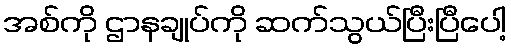
အစ်ကို ဌာနချုပ်ကို ဆက်သွယ်ပြီးပြီပေါ့